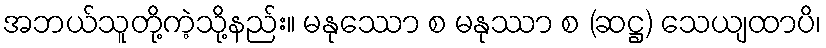
အဘယ်သူတို့ကဲ့သို့နည်း။ မနုဿော စ မနုဿာ စ (ဆဋ္ဌ) သေယျထာပိ၊